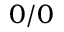
0 / 0